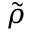
\tilde { \rho }